system: You are a helpful assistant.
user:
Analyze the provided spectrum to determine if it is a **Carbon Star (C-type)**.

- **Key Visual Indicators of Carbon Star:**
    - **(Primary):** Strong molecular absorption from **C₂ (diatomic carbon) "Swan Bands."** This is the **defining feature** of a carbon star.
        - **(Key Bandheads):** Sharp absorption edges are visible at approximately $5635$ Å, $5165$ Å (the strongest band), and $4737$ Å.
        - **(Line Profile):** Creates a distinct **"saw-tooth"** pattern. The key morphology is a sharp, steep bandhead on the **red (long-wavelength) side**, which then gradually tapers off (i.e., flux recovers) towards the **blue (short-wavelength) side**. *(This is the direct opposite of the TiO bands seen in M-type stars)*.

    - **(Secondary):** Intense **CN (cyanogen)** molecular absorption bands.
        - **(Key Bandheads):** Located in the blue and violet regions of the spectrum (e.g., near $4215$ Å and $3883$ Å).
        - **(Morphology):** These bands are extremely broad and act as a "blanket," absorbing the vast majority of blue and violet light. This creates a characteristic **"cliff"** or **"steep drop-off"** in the spectrum's flux at short wavelengths.

    - **(Key Confirmation):** Strong **CH absorption band (G-band)**.
        - **(Key Bandhead):** Located around $4300$ Å. The contribution from CH molecules to this band is exceptionally strong.

    - **(Overall Spectrum):**
        - The continuum is severely "chopped up" by these deep molecular bands, especially C₂, rather than appearing as a smooth curve.
        - Due to the heavy CN and C₂ absorption in the blue-green, the vast majority of the star's flux is concentrated in the red part of the spectrum, giving the star its characteristic deep red color.

Think first, call **spectral_visualization_tool** if needed to examine features in detail, then provide your final answer. Your response must adhere to the following strict rules:
1.  **Overall Structure:** Your response must follow the format `<think>...</think> <tool_call>...</tool_call> (if a tool is used) <answer>...</answer>`.
2.  **Tool Usage Constraint:** You may only make **one** tool call per turn.
3.  **Final Answer Format:** In the `<answer>` tag, your conclusion must be inside a `\boxed{}` command (e.g., `\boxed{YES}`), followed by your justification.

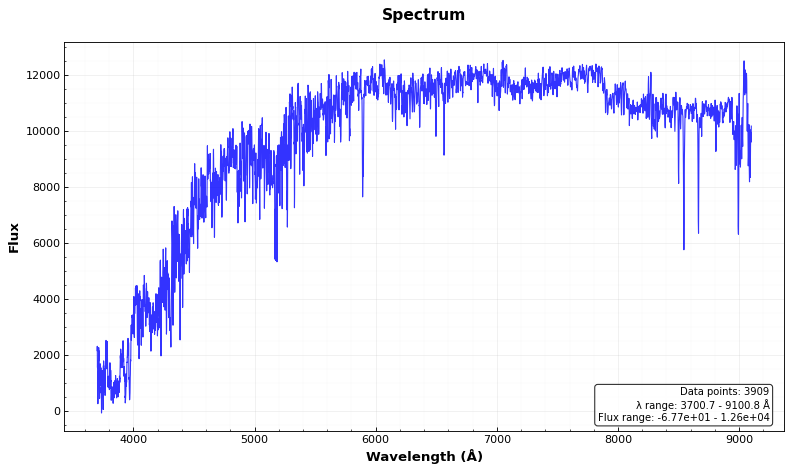
Answer: NO